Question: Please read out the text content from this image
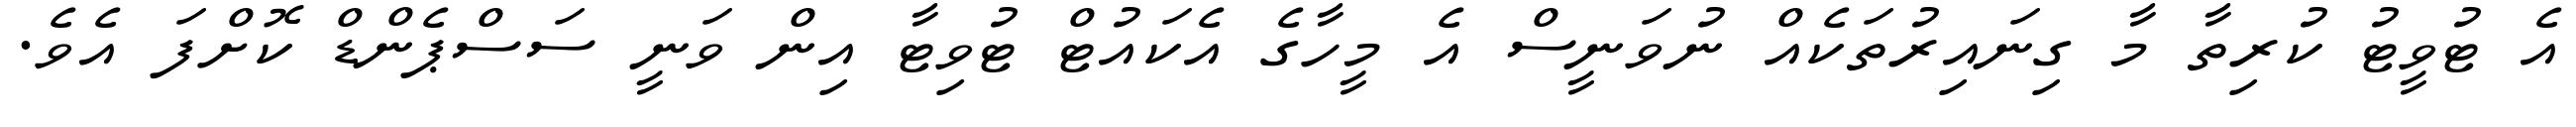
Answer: އެ ޓުވީޓު ކުރިތާ މާ ގިނައިރުތަކެއް ނުވަނީސް އެ މީހާގެ އެކައުޓް ޓުވިޓާ އިން ވަނީ ސަސްޕެންޑް ކޮށްފަ އެވެ.